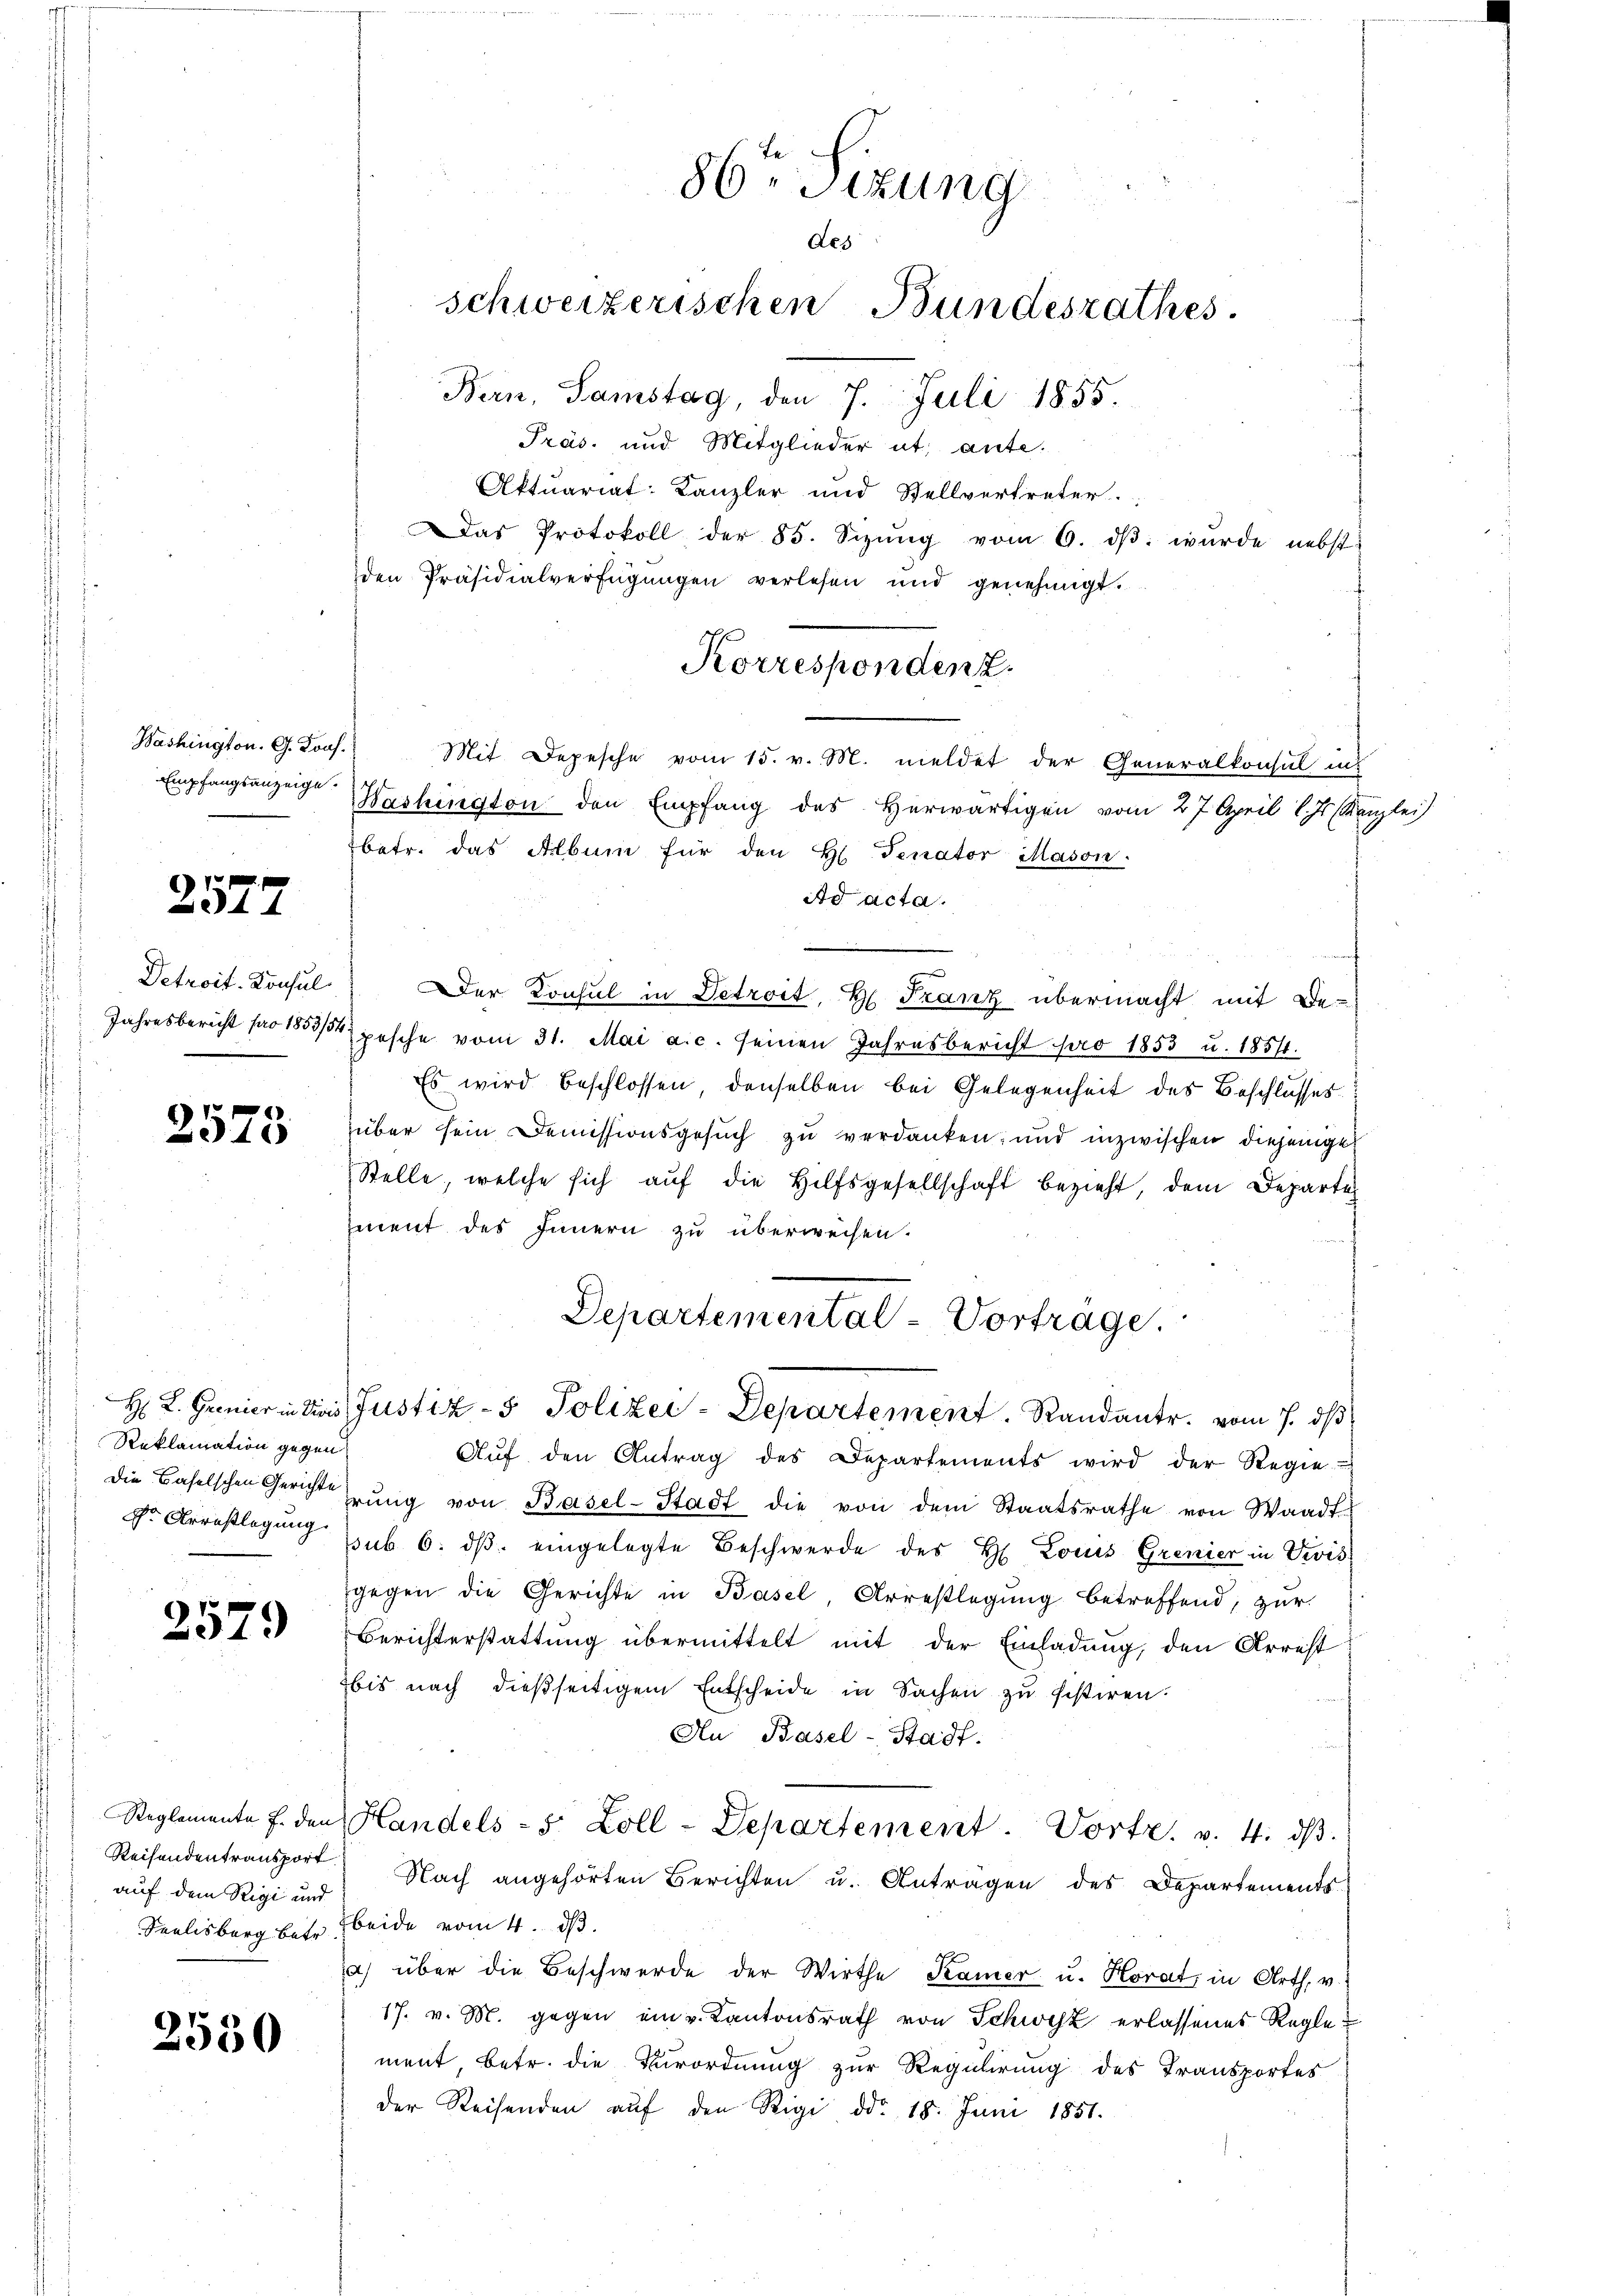
Washington. G. Bonf.
Empfangsanzeige.

2577

Detroit. Konsul

2575

Reklamation gegen

2579

Reisendentransport
auf dem Rigi und

2530

86ten Sizung
des
schweizerischen Bundesrathes
Bern, Samstag, den 7. Juli 1855.
Präs. und Mitglieder et ante.

Aktuariat-Kanzler und Stellvertreter.
Das Protokoll der 85. Sizŭng vom 6. dβ. wurde nebst
den Präsidialverfügŭngen verlesen und genehmigt.
Washington den Empfang des Herwärtigen vom 27. April l. Js. Kanzlei
betr. das Album für den H. Senator Mason.
Ad acta.
Der Konsul in Detroit, Hr. Franz übermacht mit Be-
Jahresbericht pro 1853/5 pesche vom 31. Mai a.c. seinen Jahresbericht pro 1853 u. 1857.
Es wird beschlossen denselben bei Gelegenheit des Beschlusses.
über sein Demissionsgesuch zu verdanken, und inzwischen diejenige
Stelle, welche sich aŭf die Hilfsgesellschaft bezieht, dem Departe
ment des Innern zu überweisen.
Departemental-Vorträge.
H. L. Genierindivis Justiz- & Polizei-Departement. Randantr. vom 7. dβ
Aŭf den Antrag des Departements wird der Regie
die Baselschen Gerichtŭng von Basel-Stadt die von dem Staatsrathe von Waadt-
dr Arrestlegung sub 6. ds. eingelegte Beschwerde des H. Louis Grenier in Vivis
gegen die Gerichte in Basel, Arrestlegung betreffend, zur
Berichterstattung übermittelt mit der Einladung, den Arrest
bis nach dießseitigem Entscheide in Sachen zu sistiren.
Au Basel-Stadt.
Reglemente F. den Handels- 5 Zoll-Departement              Porte
Nach angehörten Berichten u. Antragen des Departements
Seelisberg betr. beide vom 4. d.
) über die Beschwerde der Wirthe Kamer u. Horat, in Arth, v.
17. v. M. gegen ein v. Kantonsrath von Schwyz erlassenes Reglement betr. die Verordnung zur Regulirung des Transportes
der Reisenden aŭf den Rigi ddo. 18. Juni 1851.

Korrespondenz.
Mit Depesche vom 15. v. M. meldet der Generalkonsul in